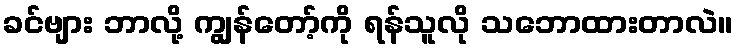
ခင်ဗျား ဘာလို့ ကျွန်တော့်ကို ရန်သူလို သဘောထားတာလဲ။